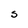
Character: S